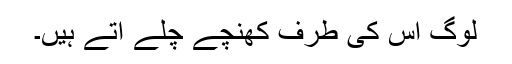
لوگ اس کی طرف کھنچے چلے آتے ہیں۔